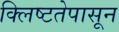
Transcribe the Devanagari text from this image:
क्लिष्टतेपासून